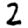
Digit: 2